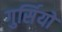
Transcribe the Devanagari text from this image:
गुर्सियो